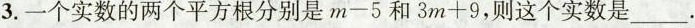
3.一个实数的两个平方根分别是$$m - 5$$和$$3 m + 9$$，则这个实数是___.